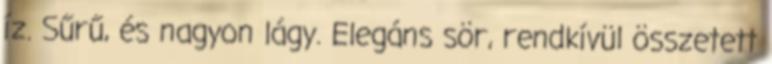
íz. Sűrű, és nagyon lágy. Elegáns sör, rendkívül összetett